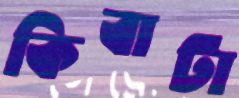
কিবাটা